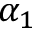
\alpha _ { 1 }